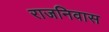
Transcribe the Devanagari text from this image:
राजनिवास